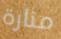
منارة